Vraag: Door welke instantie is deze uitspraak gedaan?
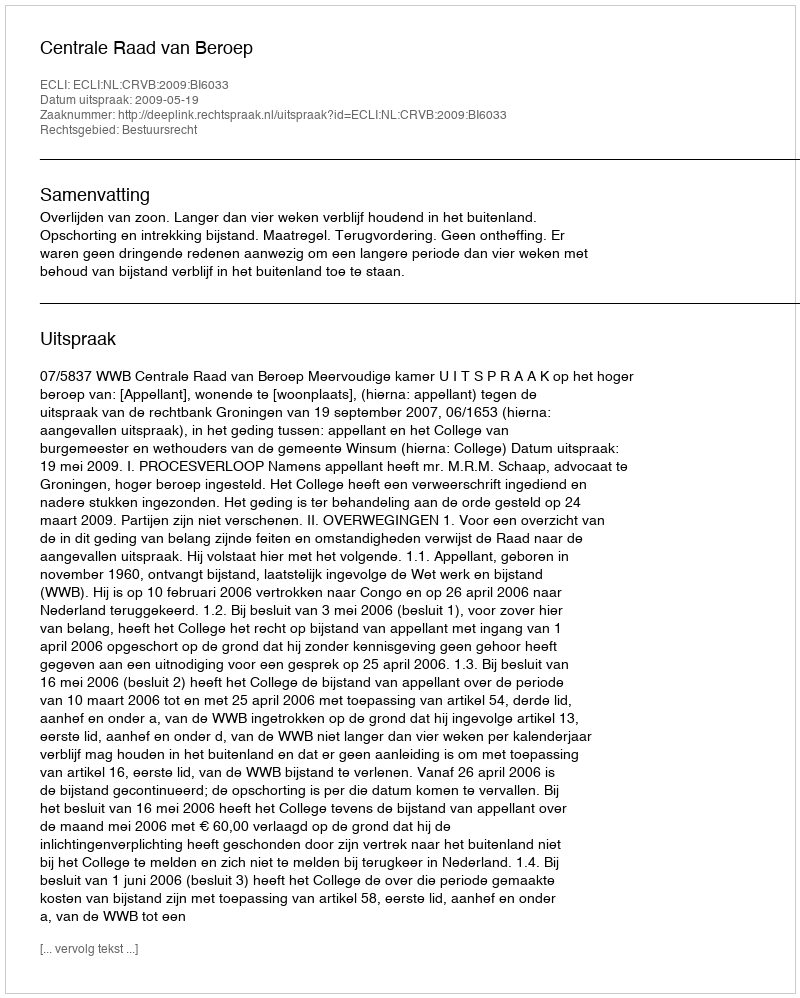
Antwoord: Centrale Raad van Beroep